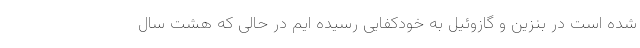
شده است در بنزین و گازوئیل به خودکفایی رسیده ایم در حالی که هشت سال